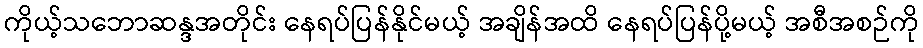
ကိုယ့်သဘောဆန္ဒအတိုင်း နေရပ်ပြန်နိုင်မယ့် အချိန်အထိ နေရပ်ပြန်ပို့မယ့် အစီအစဉ်ကို